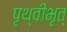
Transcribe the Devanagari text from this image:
पृथ्वीभृत्